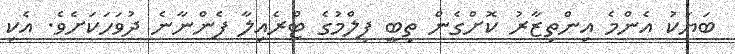
ބަޔަކު އެންމެ އިންތިޒާރު ކޮށްގެން ތިބީ ފިލްމުގެ ޓްރެއިލާ ފެންނާނެ ދުވަހަކަށެވެ. އެކި